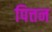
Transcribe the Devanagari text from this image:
पित्तन